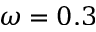
\omega = 0 . 3